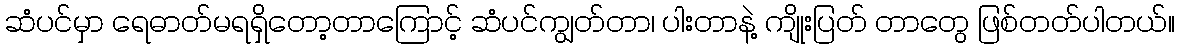
ဆံပင်မှာ ရေဓာတ်မရရှိတော့တာကြောင့် ဆံပင်ကျွတ်တာ၊ ပါးတာနဲ့ ကျိုးပြတ် တာတွေ ဖြစ်တတ်ပါတယ်။